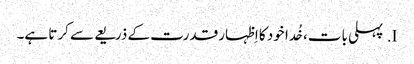
I.	پہلی بات، خُدا خود کا اِظہار قدرت کے ذریعے سے کرتا ہے۔